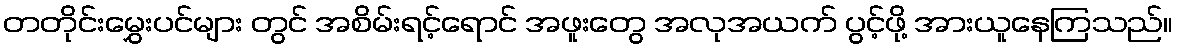
တတိုင်းမွှေးပင်များ တွင် အစိမ်းရင့်ရောင် အဖူးတွေ အလုအယက် ပွင့်ဖို့ အားယူနေကြသည်။